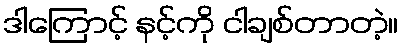
ဒါကြောင့် နင့်ကို ငါချစ်တာတဲ့။